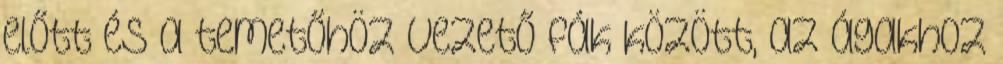
előtt és a temetőhöz vezető fák között, az ágakhoz